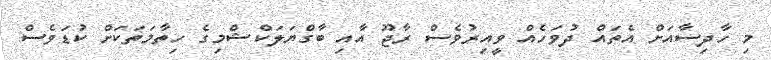
މި ހާދިސާއަށް އެތައް ދުވަހެއް ވީއިރުވެސް ރާޖޫ އާއި ބާގްޔަލަކްޝްމިގެ ހިތާމަތަކަށް ކުޑަވެސް